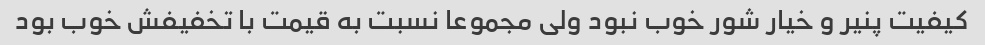
کیفیت پنیر و خیار شور خوب نبود ولی مجموعا نسبت به قیمت با تخفیفش خوب بود